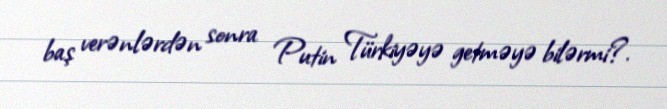
baş verənlərdən sonra Putin Türkiyəyə getməyə bilərmi?.